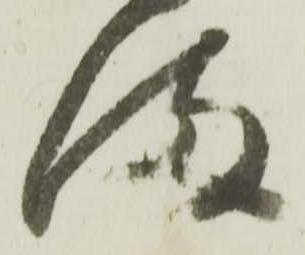
満